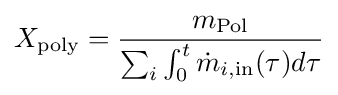
X_{\text{poly}}={\frac {m_{\text{Pol}}}{\sum _{i}\int _{0}^{t}{\dot {m}}_{i,{\text{in}}}(\tau )d\tau }}